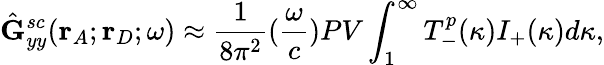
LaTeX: \hat{\mathbf{G}}_{yy}^{sc}(\mathbf{r}_{A};\mathbf{r}_{D};\omega)\approx\frac{1}{8{\pi}^{2}}(\frac{\omega}{c})PV\int_{1}^{\infty}T_{-}^{p}(\kappa)I_{+}(\kappa)d{\kappa},